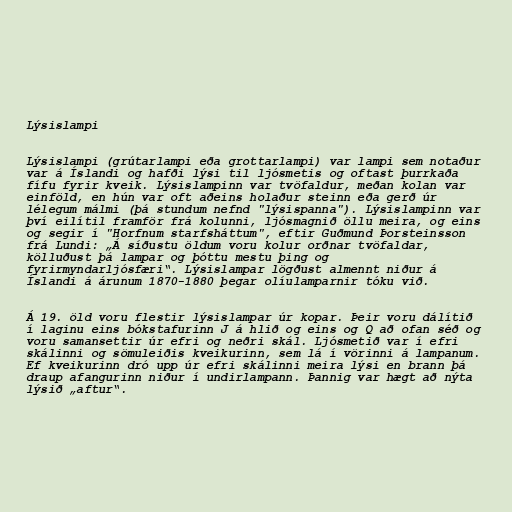
Lýsislampi

Lýsislampi (grútarlampi eða grottarlampi) var lampi sem notaður
var á Íslandi og hafði lýsi til ljósmetis og oftast þurrkaða
fífu fyrir kveik. Lýsislampinn var tvöfaldur, meðan kolan var
einföld, en hún var oft aðeins holaður steinn eða gerð úr
lélegum málmi (þá stundum nefnd "lýsispanna"). Lýsislampinn var
því eilítil framför frá kolunni, ljósmagnið öllu meira, og eins
og segir í "Horfnum starfsháttum", eftir Guðmund Þorsteinsson
frá Lundi: „Á síðustu öldum voru kolur orðnar tvöfaldar,
kölluðust þá lampar og þóttu mestu þing og
fyrirmyndarljósfæri“. Lýsislampar lögðust almennt niður á
Íslandi á árunum 1870-1880 þegar olíulamparnir tóku við.

Á 19. öld voru flestir lýsislampar úr kopar. Þeir voru dálítið
í laginu eins bókstafurinn J á hlið og eins og Q að ofan séð og
voru samansettir úr efri og neðri skál. Ljósmetið var í efri
skálinni og sömuleiðis kveikurinn, sem lá í vörinni á lampanum.
Ef kveikurinn dró upp úr efri skálinni meira lýsi en brann þá
draup afangurinn niður í undirlampann. Þannig var hægt að nýta
lýsið „aftur“.